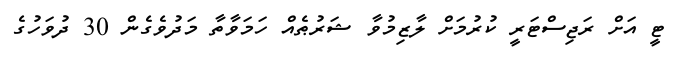
ޓީ އަށް ރަޖިސްޓަރީ ކުރުމަށް ލާޒިމުވާ ޝަރުޠެއް ހަމަވާތާ މަދުވެގެން 30 ދުވަހުގެ